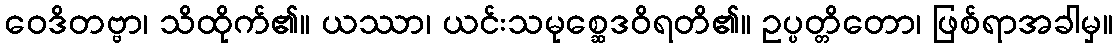
ဝေဒိတဗ္ဗာ၊ သိထိုက်၏။ ယဿာ၊ ယင်းသမုစ္ဆေဒဝိရတိ၏။ ဥပ္ပတ္တိတော၊ ဖြစ်ရာအခါမှ။